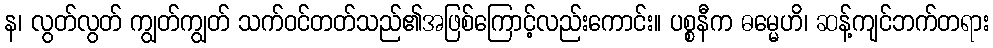
န၊ လွတ်လွတ် ကျွတ်ကျွတ် သက်ဝင်တတ်သည်၏အဖြစ်ကြောင့်လည်းကောင်း။ ပစ္စနီက ဓမ္မေဟိ၊ ဆန့်ကျင်ဘက်တရား